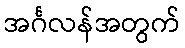
အင်္ဂလန်အတွက်